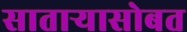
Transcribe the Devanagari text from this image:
सातार्‍यासोबत